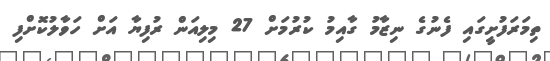
ތިމަރަފުށީގައި ފެނުގެ ނިޒާމު ގާއިމު ކުރުމަށް 27 މިލިއަން ރުފިޔާ އަށް ހަވާލުކޮށްފި